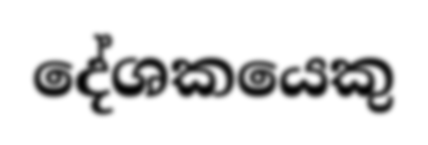
දේශකයෙකු